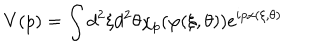
V ( p ) = \int d ^ { 2 } \xi d ^ { 2 } \theta \chi _ { p } ( \varphi ( \xi , \theta ) ) e ^ { i p x ( \xi , \theta ) }